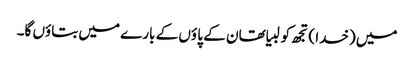
میں (خدا ) تجھ کو لبیا تھان کے پا ؤں کے بارے میں بتاؤں گا۔